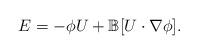
LaTeX: \begin{align*}E=-\phi U+\mathbb B[U\cdot\nabla\phi].\end{align*}